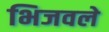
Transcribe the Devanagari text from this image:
भिजवले